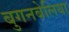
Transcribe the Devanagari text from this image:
बुगनबेलिया